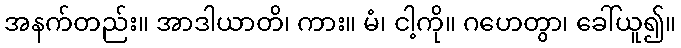
အနက်တည်း။ အာဒါယာတိ၊ ကား။ မံ၊ ငါ့ကို။ ဂဟေတွာ၊ ခေါ်ယူ၍။